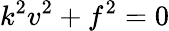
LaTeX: k^{2}v^{2}+f^{2}=0